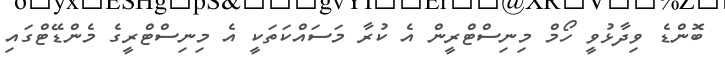
ބޮންޑެ ވިދާޅުވީ ހޯމް މިނިސްޓްރީން އެ ކުރާ މަސައްކަތަކީ އެ މިނިސްޓްރީގެ މެންޑޭޓްގައި